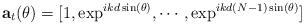
LaTeX: \begin{align*} {\bf a}_t(\theta) = [1,\exp^{ikd\sin(\theta)}, \cdots,\exp^{ikd(N-1)\sin(\theta)}] \end{align*}